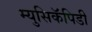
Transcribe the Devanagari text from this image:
म्युसिकॅपिडी